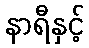
နာရီနှင့်